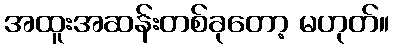
အထူးအဆန်းတစ်ခုတော့ မဟုတ်။